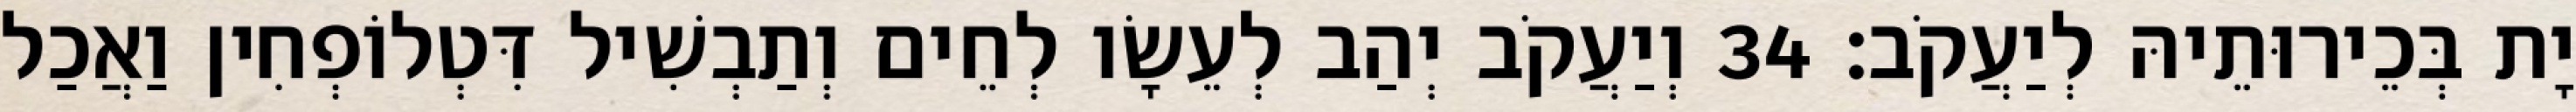
יָת בְּכֵירוּתֵיהּ לְיַעֲקֹב׃ 34 וְיַעֲקֹב יְהַב לְעֵשָׂו לְחֵים וְתַבְשִׁיל דִּטְלוֹפְחִין וַאֲכַל